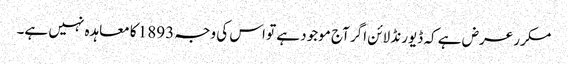
مکرر عرض ہے کہ ڈیورنڈ لائن اگر آج موجود ہے تو اس کی وجہ 1893 کا معاہدہ نہیں ہے۔